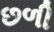
છળી